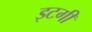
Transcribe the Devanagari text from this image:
इटगी